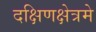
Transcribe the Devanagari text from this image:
दक्षिणक्षेत्रमे